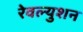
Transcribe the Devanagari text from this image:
रेवल्युशन